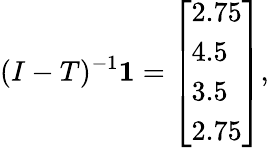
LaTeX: (I-T)^{-1}{\boldsymbol{1}}={\left[\begin{array}{l}{2.75}\\ {4.5}\\ {3.5}\\ {2.75}\end{array}\right]},